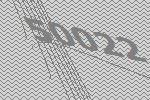
50022